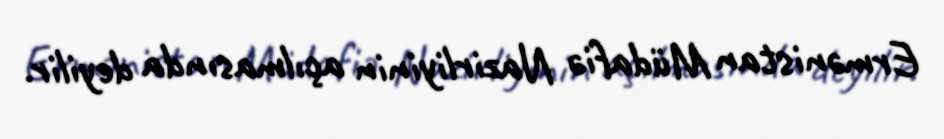
Ermənistan Müdafiə Nazirliyinin açılmasında deyilir.